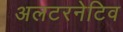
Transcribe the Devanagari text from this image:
अलटरनेटिव